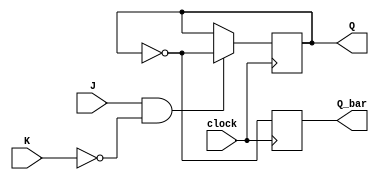
module jk_flipflop (
    input wire J,
    input wire K,
    input wire clock,
    output reg Q,
    output reg Q_bar
);

always @(posedge clock) begin
    if (J && !K) begin
        Q <= ~Q;
    end else if (J && K) begin
        Q <= Q;
    end else if (!J && !K) begin
        // Do nothing, hold current state
    end
    Q_bar <= ~Q;
end

endmodule